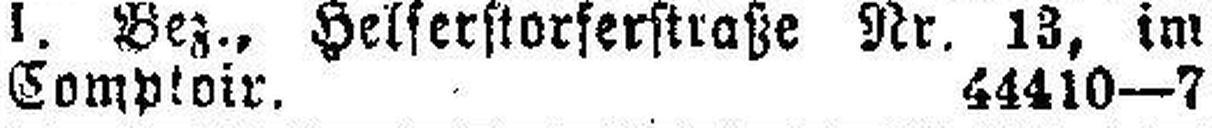
Comploir. 44410—7